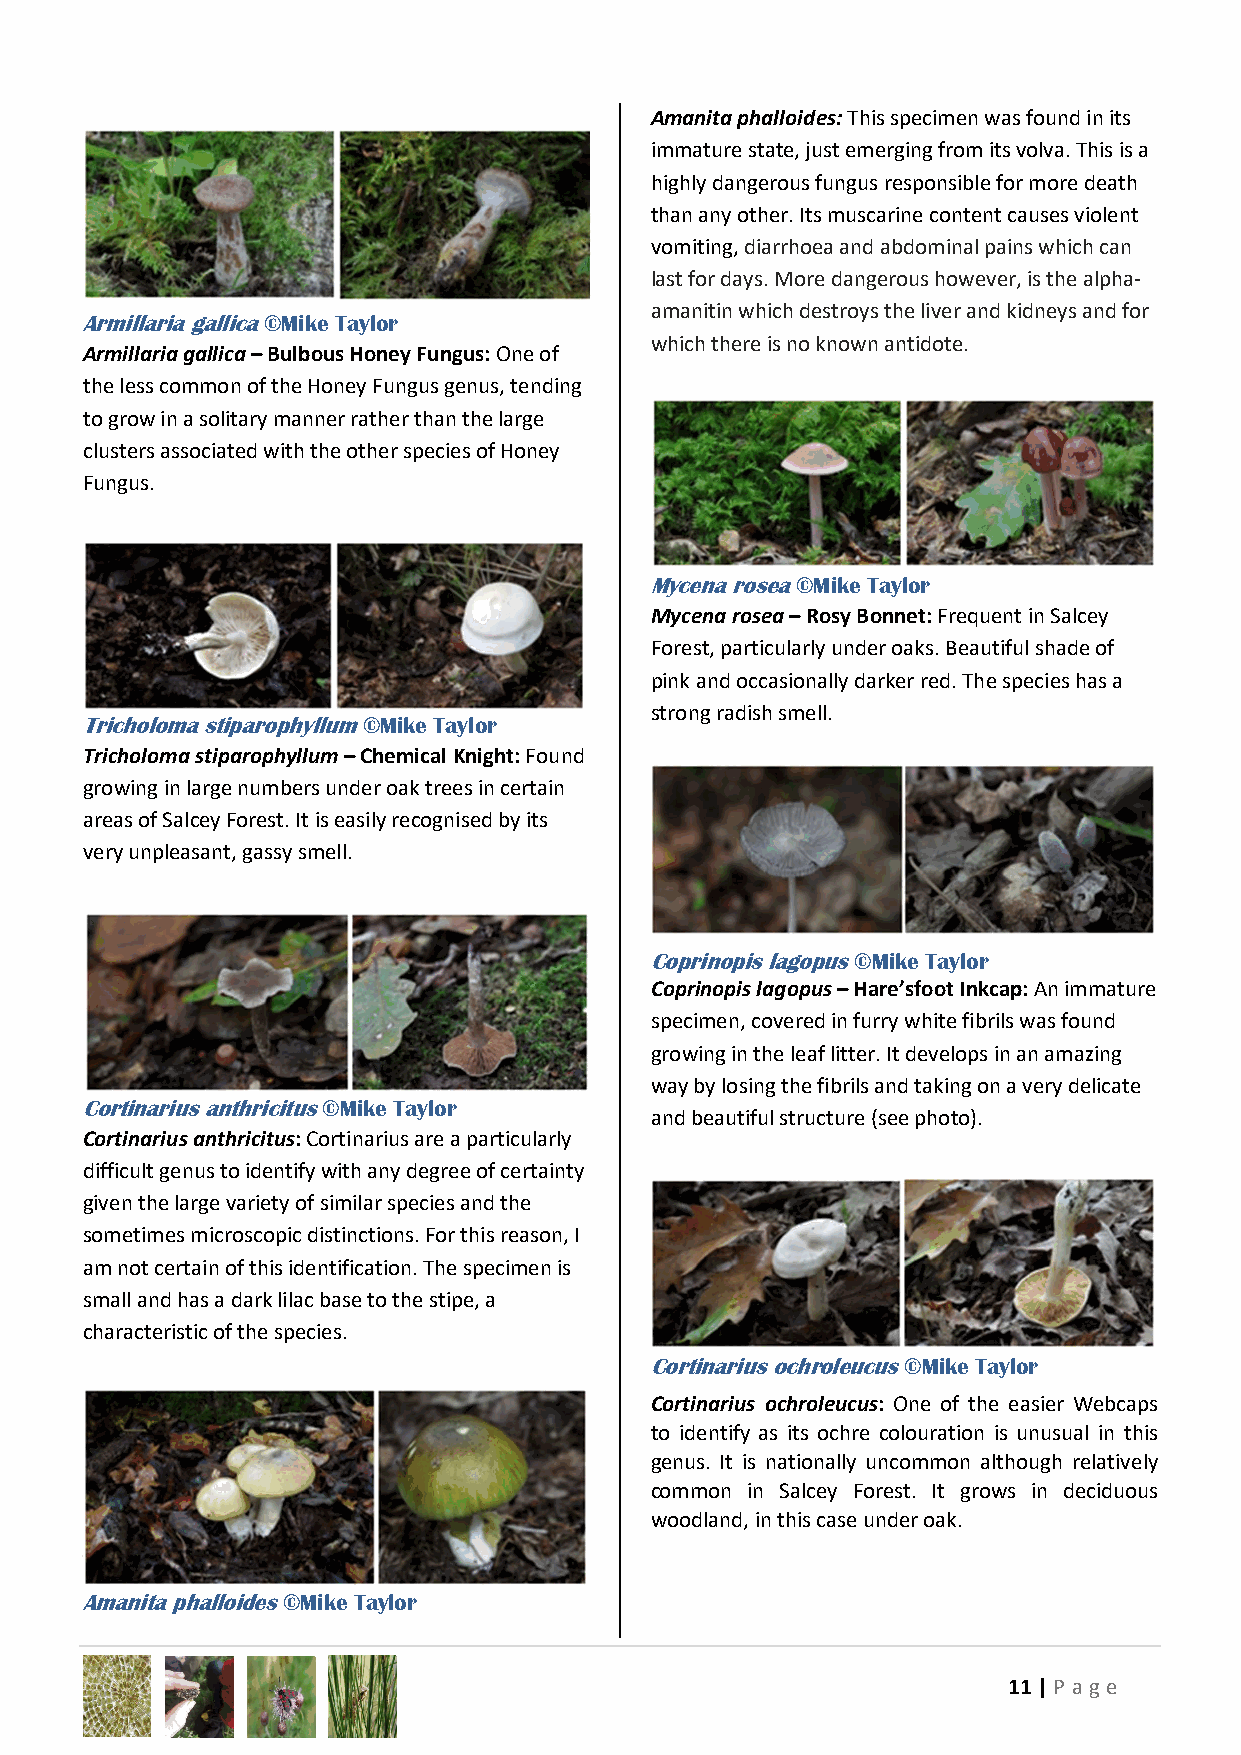
Amanita phalloides: This specimen was found in its
 immature state, just emerging from its volva. This is a
 highly dangerous fungus responsible for more death
 than any other. Its muscarine content causes violent
 vomiting, diarrhoea and abdominal pains which can
 last for days. More dangerous however, is the alpha-
 amanitin which destroys the liver and kidneys and for
 Armillaria gallica ©Mike Taylor
 which there is no known antidote.
 Armillaria gallica – Bulbous Honey Fungus: One of
 the less common of the Honey Fungus genus, tending
 to grow in a solitary manner rather than the large
 clusters associated with the other species of Honey
 Fungus.
 Mycena rosea ©Mike Taylor
 Mycena rosea – Rosy Bonnet: Frequent in Salcey
 Forest, particularly under oaks. Beautiful shade of
 pink and occasionally darker red. The species has a
 strong radish smell.
 Tricholoma stiparophyllum ©Mike Taylor
 Tricholoma stiparophyllum – Chemical Knight: Found
 growing in large numbers under oak trees in certain
 areas of Salcey Forest. It is easily recognised by its
 very unpleasant, gassy smell.
 Coprinopis lagopus ©Mike Taylor
 Coprinopis lagopus – Hare’sfoot Inkcap: An immature
 specimen, covered in furry white fibrils was found
 growing in the leaf litter. It develops in an amazing
 way by losing the fibrils and taking on a very delicate
 Cortinarius anthricitus ©Mike Taylor
 and beautiful structure (see photo).
 Cortinarius anthricitus: Cortinarius are a particularly
 difficult genus to identify with any degree of certainty
 given the large variety of similar species and the
 sometimes microscopic distinctions. For this reason, I
 am not certain of this identification. The specimen is
 small and has a dark lilac base to the stipe, a
 characteristic of the species.
 Cortinarius ochroleucus ©Mike Taylor
 Cortinarius ochroleucus: One of the easier Webcaps
 to identify as its ochre colouration is unusual in this
 genus. It is nationally uncommon although relatively
 common in Salcey Forest. It grows in deciduous
 woodland, in this case under oak.
 Amanita phalloides ©Mike Taylor
 11 | P age